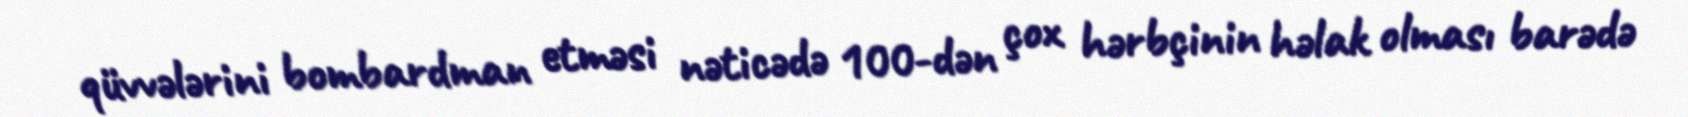
qüvvələrini bombardman etməsi nəticədə 100-dən çox hərbçinin həlak olması barədə